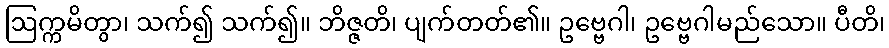
ဩက္ကမိတွာ၊ သက်၍ သက်၍။ ဘိဇ္ဇတိ၊ ပျက်တတ်၏။ ဥဗ္ဗေဂါ၊ ဥဗ္ဗေဂါမည်သော။ ပီတိ၊